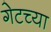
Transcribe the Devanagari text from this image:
गेटच्या